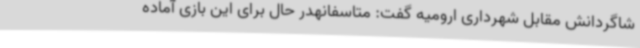
شاگردانش مقابل شهرداری ارومیه گفت: متاسفانهدر حال برای این بازی آماده